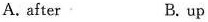
A. after B. up